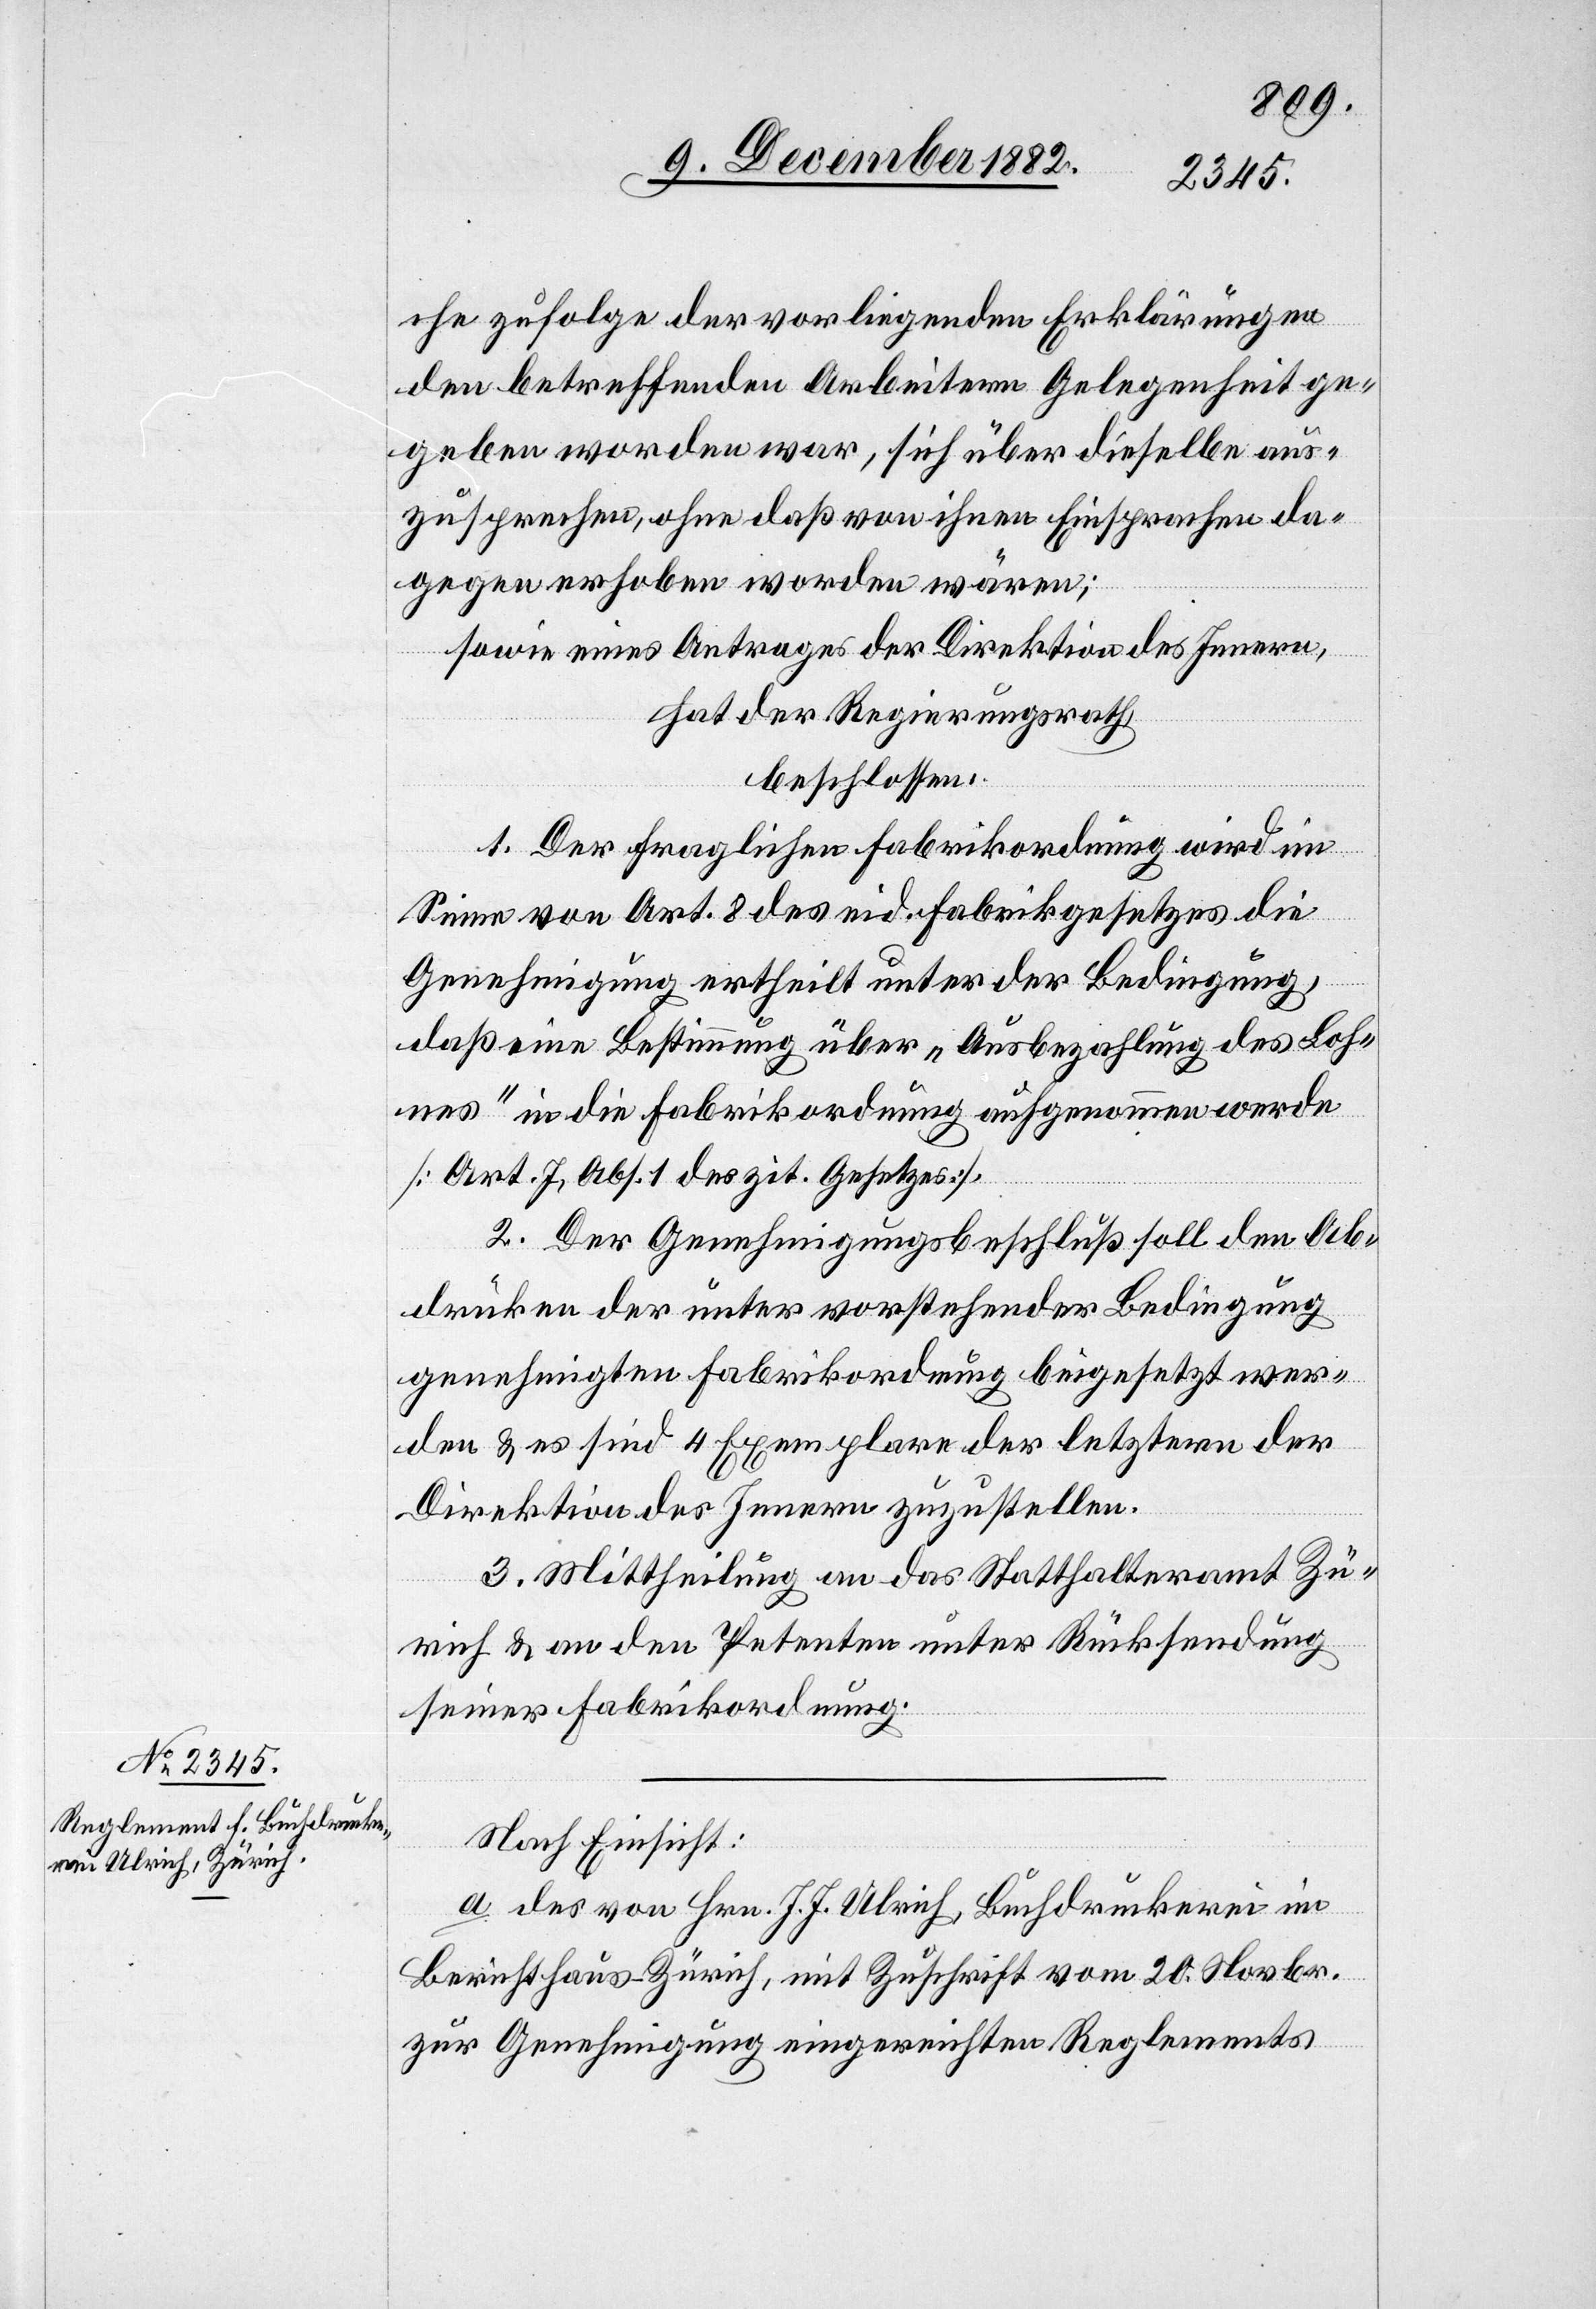
che zufolge der vorliegenden Erklärungen
den betreffenden Arbeitern Gelegenheit ge¬
geben worden war, sich über dieselbe aus¬
zusprechen, ohne daß von ihnen Einsprachen da¬
gegen erhoben worden wären;
sowie eines Antrages der Direktion des Innern,
hat der Regierungsrath,
beschlossen:
1. Der fraglichen Fabrikordnung wird im
Sinne von Art. 8 des eid. Fabrikgesetzes die
Genehmigung ertheilt unter der Bedingung,
daß eine Bestimmung über „Ausbezahlung des Loh¬
nes“ in die Fabrikordnung aufgenommen werde
[Art. 7, Abs. 1 des zit. Gesetzes].
2. Der Genehmigungsbeschluß soll den Ab¬
drücken der unter vorstehender Bedingung
genehmigten Fabrikordnung beigesetzt wer¬
den & es sind 4 Exemplare der letztern der
Direktion des Innern zuzustellen.
3. Mittheilung an das Statthalteramt Zü¬
rich & an den Petenten unter Rücksendung
seiner Fabrikordnung.
Nach Einsicht:
a. des von Hrn. J. J. Ulrich, Buchdruckerei im
Berichthaus - Zürich, mit Zuschrift vom 20. Novbr.
zur Genehmigung eingereichten Reglements